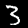
Label: 3